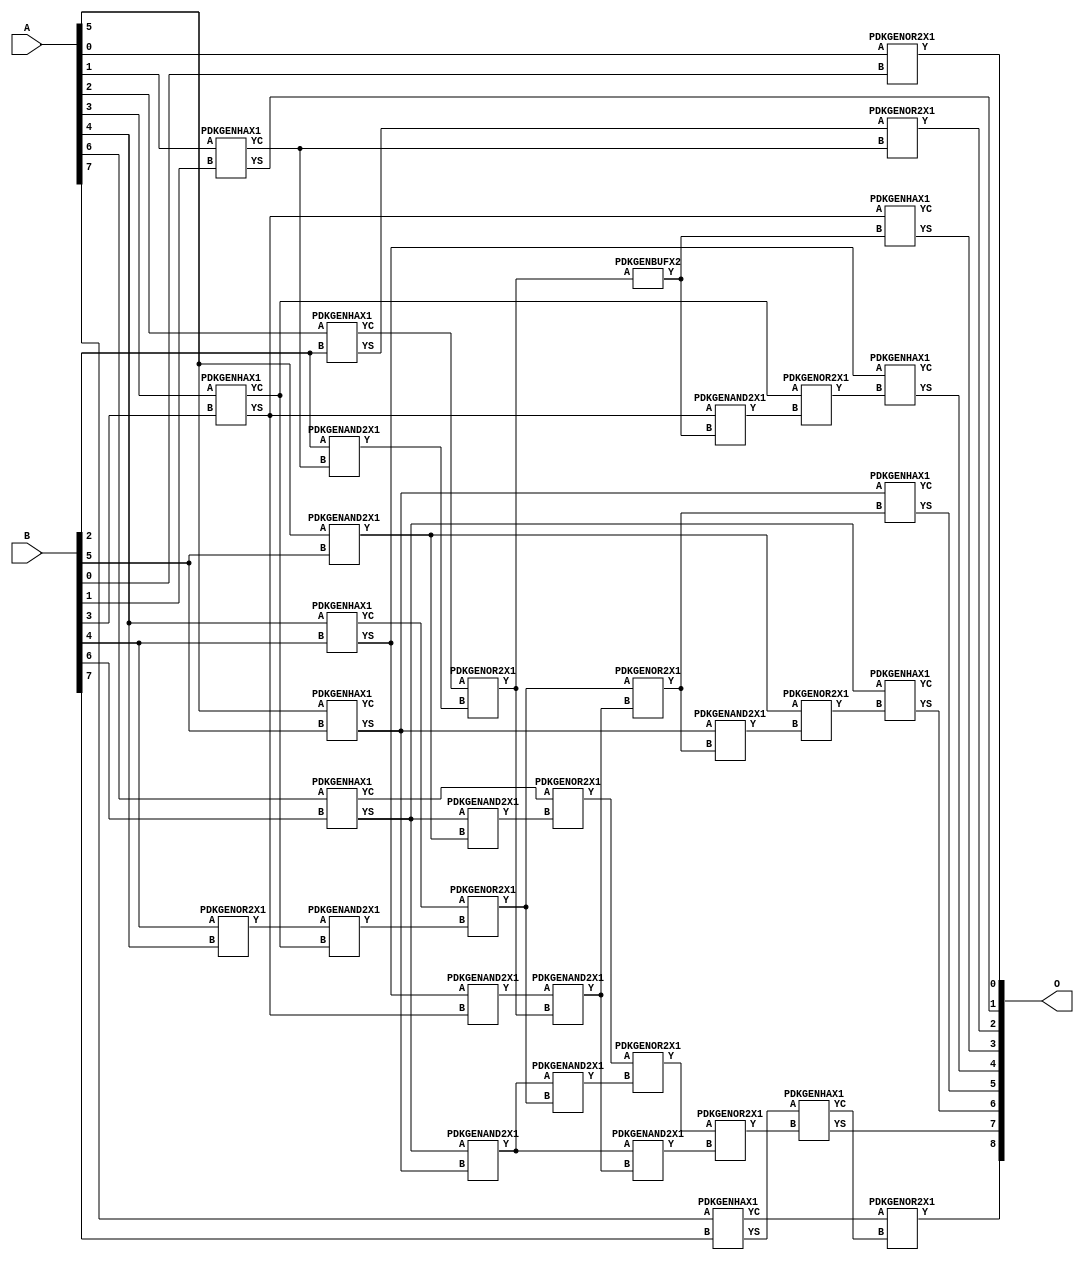
// Library = EvoApprox8b
// Circuit = add8_449
// Area   (180) = 1720
// Delay  (180) = 1.010
// Power  (180) = 552.60
// Area   (45) = 113
// Delay  (45) = 0.420
// Power  (45) = 44.70
// Nodes = 36
// HD = 65280
// MAE = 0.71875
// MSE = 2.25000
// MRE = 0.38 %
// WCE = 5
// WCRE = 50 %
// EP = 34.4 %

module add8_449(A, B, O);
  input [7:0] A;
  input [7:0] B;
  output [8:0] O;
  wire [2031:0] N;

  assign N[0] = A[0];
  assign N[1] = A[0];
  assign N[2] = A[1];
  assign N[3] = A[1];
  assign N[4] = A[2];
  assign N[5] = A[2];
  assign N[6] = A[3];
  assign N[7] = A[3];
  assign N[8] = A[4];
  assign N[9] = A[4];
  assign N[10] = A[5];
  assign N[11] = A[5];
  assign N[12] = A[6];
  assign N[13] = A[6];
  assign N[14] = A[7];
  assign N[15] = A[7];
  assign N[16] = B[0];
  assign N[17] = B[0];
  assign N[18] = B[1];
  assign N[19] = B[1];
  assign N[20] = B[2];
  assign N[21] = B[2];
  assign N[22] = B[3];
  assign N[23] = B[3];
  assign N[24] = B[4];
  assign N[25] = B[4];
  assign N[26] = B[5];
  assign N[27] = B[5];
  assign N[28] = B[6];
  assign N[29] = B[6];
  assign N[30] = B[7];
  assign N[31] = B[7];

  PDKGENOR2X1 n32(.A(N[0]), .B(N[16]), .Y(N[32]));
  PDKGENHAX1 n40(.A(N[2]), .B(N[18]), .YS(N[40]), .YC(N[41]));
  PDKGENHAX1 n50(.A(N[4]), .B(N[20]), .YS(N[50]), .YC(N[51]));
  PDKGENHAX1 n58(.A(N[6]), .B(N[22]), .YS(N[58]), .YC(N[59]));
  PDKGENHAX1 n68(.A(N[8]), .B(N[24]), .YS(N[68]), .YC(N[69]));
  PDKGENHAX1 n78(.A(N[10]), .B(N[26]), .YS(N[78]), .YC(N[79]));
  PDKGENHAX1 n86(.A(N[12]), .B(N[28]), .YS(N[86]), .YC(N[87]));
  PDKGENOR2X1 n88(.A(N[24]), .B(N[8]), .Y(N[88]));
  PDKGENHAX1 n96(.A(N[14]), .B(N[30]), .YS(N[96]), .YC(N[97]));
  PDKGENAND2X1 n106(.A(N[20]), .B(N[41]), .Y(N[106]));
  assign N[107] = N[106];
  PDKGENAND2X1 n110(.A(N[10]), .B(N[26]), .Y(N[110]));
  PDKGENOR2X1 n124(.A(N[51]), .B(N[107]), .Y(N[124]));
  PDKGENAND2X1 n134(.A(N[88]), .B(N[59]), .Y(N[134]));
  PDKGENAND2X1 n142(.A(N[68]), .B(N[58]), .Y(N[142]));
  assign N[143] = N[142];
  PDKGENOR2X1 n152(.A(N[69]), .B(N[134]), .Y(N[152]));
  PDKGENAND2X1 n162(.A(N[86]), .B(N[110]), .Y(N[162]));
  assign N[163] = N[162];
  PDKGENAND2X1 n170(.A(N[86]), .B(N[78]), .Y(N[170]));
  PDKGENOR2X1 n180(.A(N[87]), .B(N[163]), .Y(N[180]));
  PDKGENBUFX2 n198(.A(N[124]), .Y(N[198]));
  assign N[199] = N[198];
  PDKGENAND2X1 n208(.A(N[143]), .B(N[124]), .Y(N[208]));
  assign N[209] = N[208];
  PDKGENOR2X1 n226(.A(N[152]), .B(N[208]), .Y(N[226]));
  assign N[227] = N[226];
  PDKGENAND2X1 n236(.A(N[170]), .B(N[152]), .Y(N[236]));
  PDKGENAND2X1 n244(.A(N[170]), .B(N[209]), .Y(N[244]));
  assign N[245] = N[244];
  PDKGENOR2X1 n254(.A(N[180]), .B(N[236]), .Y(N[254]));
  PDKGENOR2X1 n292(.A(N[254]), .B(N[245]), .Y(N[292]));
  PDKGENAND2X1 n320(.A(N[58]), .B(N[199]), .Y(N[320]));
  PDKGENOR2X1 n328(.A(N[59]), .B(N[320]), .Y(N[328]));
  PDKGENAND2X1 n338(.A(N[78]), .B(N[227]), .Y(N[338]));
  PDKGENOR2X1 n348(.A(N[110]), .B(N[338]), .Y(N[348]));
  assign N[349] = N[348];
  PDKGENOR2X1 n366(.A(N[50]), .B(N[41]), .Y(N[366]));
  PDKGENHAX1 n376(.A(N[58]), .B(N[198]), .YS(N[376]), .YC(N[377]));
  PDKGENHAX1 n384(.A(N[68]), .B(N[328]), .YS(N[384]), .YC(N[385]));
  PDKGENHAX1 n394(.A(N[78]), .B(N[226]), .YS(N[394]), .YC(N[395]));
  PDKGENHAX1 n404(.A(N[86]), .B(N[349]), .YS(N[404]), .YC(N[405]));
  PDKGENHAX1 n412(.A(N[96]), .B(N[292]), .YS(N[412]), .YC(N[413]));
  PDKGENOR2X1 n422(.A(N[97]), .B(N[413]), .Y(N[422]));

  assign O[0] = N[32];
  assign O[1] = N[40];
  assign O[2] = N[366];
  assign O[3] = N[376];
  assign O[4] = N[384];
  assign O[5] = N[394];
  assign O[6] = N[404];
  assign O[7] = N[412];
  assign O[8] = N[422];

endmodule
/* mod */
module PDKGENAND2X1(input A, input B, output Y );
     assign Y = A & B;
endmodule
/* mod */
module PDKGENOR2X1(input A, input B, output Y );
     assign Y = A | B;
endmodule
/* mod */
module PDKGENHAX1( input A, input B, output YS, output YC );
    assign YS = A ^ B;
    assign YC = A & B;
endmodule
/* mod */
module PDKGENBUFX2(input A, output Y );
     assign Y = A;
endmodule